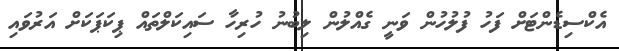
އެކްސިޑެންޓަށް ފަހު ފުލުހުން ވަނީ ގެއްލުން ލިބުނު ހުރިހާ ސައިކަލްތައް ޕިކަޕަކަށް އަރުވައި